Vaccination in Bombay 1889-1901 - 1889-1901
Year: 1889
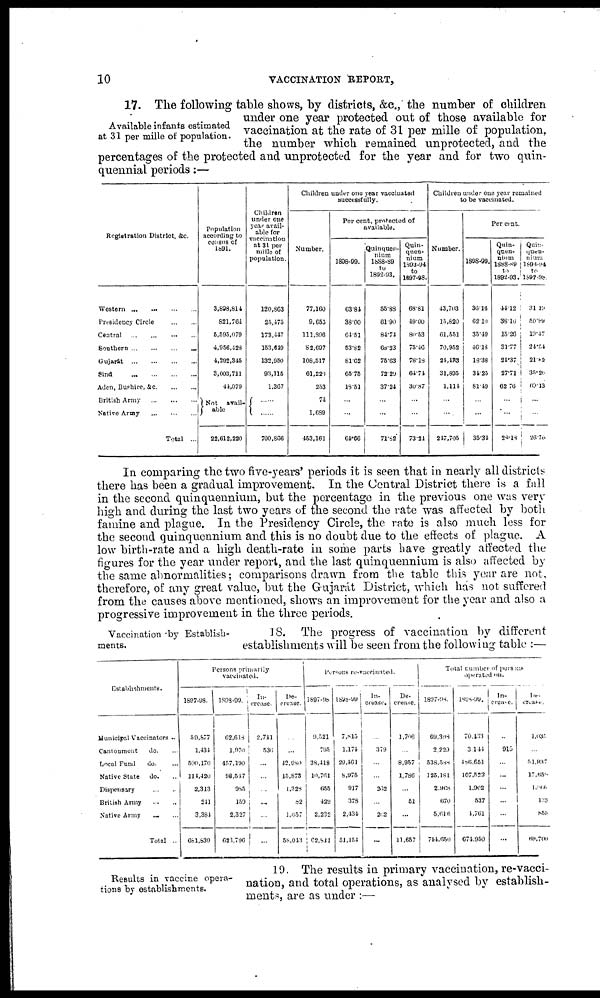
10
VACCINATION REPORT,
Available infants estimated
at 31 per mille of population.
17. The following table shows, by districts, &c., the number of children
under one year protected out of those available for
vaccination at the rate of 31 per mille of population,
the number which remained unprotected, and the
percentages of the protected and unprotected for the year and for two quin-
quennial periods:—
Registration District, &c.
Western
...
...
...
...
Presidency Circle
...
...
Central
...
...
...
...
Southern
...
...
...
...
Gujarát
...
...
...
...
Sind
...
...
...
...
Aden, Bushire,
&c.
...
...
British Army
...
...
Native Army
...
...
Total ...
Population
according to
census of
1891.
3,693,814
821,764
5,595,079
4,956,428
4,292,345
3,003,711
44,079
Not
avail¬
able
22,612,220
Children
under one
year avail-
able for
vaccination
at 31 per
milie of
population.
120,863
25,475
173,447
153,649
132,950
93,115
1,367
......
700,866
Children under one year vaccinated
successfully.
Number.
77,160
9,655
111,896
82,697
108,517
61,229
253
74
1,689
453,161
Per cent. protected of
available.
1808-99.
63.81
38.00
64.51
53.82
81.62
65.75
18.51
...
...
64.66
Quinquen-
nium
1888-89
to
1892-93.
55.88
61.90
84.74
68.23
75.63
72.29
37.24
...
...
71.82
Quin-
quen-
nium
1893-94
to
1897-98.
68.81
49.00
80.53
75.46
78.18
64.71
30.87
...
...
73.24
Children under one year remained
to be vaccinated.
Number.
43,703
15,820
61,551
70,952
24,433
31,895
1,114
...
...
247,705
Per cent.
1898-99.
36.16
62.10
35.49
46.18
18.38
34.25
81.19
...
...
35.34
Quin-
quen-
nium
1888-89
to
1892-93.
44.12
38.10
15.26
31.77
21.37
27.71
62.70
...
...
28.18
Quin¬
quen¬
nium
1893-94
to
1897-98.
31.19
50.99
19.47
24.54
21.82
35.26
69.13
...
...
26.76
In comparing the two five-years' periods it is seen that in nearly all districts
there has been a gradual improvement. In the Central District there is a fall
in the second quinquennium, but the percentage in the previous one was very
high and during the last two years of the second the rate was affected by both
famine and plague. In the Presidency Circle, the rate is also much less for
the second quinquennium and this is no doubt due to the effects of plague. A
low birth-rate and a high death-rate in some parts have greatly affected the
figures for the year under report, and the last quinquennium is also affected by
the same abnormalities; comparisons drawn from the table this year are not,
therefore, of any great value, but the Gujarát District, which has not suffered
from the causes above mentioned, shows an improvement for the year and also a
progressive improvement in the three periods.
Vaccination by Establish-
ments.
18. The progress of vaccination by different
establishments will be seen from the following table :—
Establishments.
Municipal Vaccinators ...
Cantonment
do. ...
Local Fund
do. ...
Native State
do. ...
Dispensary
...
...
British Army... ...
Native Army ... ...
Total ..
Persons primarily
vaccinated.
1897-98.
59,877
1,434
500,170
111,420
2,313
241
3,384
681,839
1898-99.
62,618
1,970
457,190
98,547
985
159
2,327
623,796
In¬
crease.
2,711
530
...
...
...
...
...
...
De-
crease.
...
42,980
15,873
1,328
82
1,057
58,043
Persons re-vaccinated.
1897-98
9,521
765
39,418
10,761
655
429
2,232
62,811
1898-99
7,815
1,174
29,461
8,975
917
379
2,434
51,154
In-
crease.
...
379
...
...
262
...
262
...
De¬
crease.
l,706
...
8,957
1,786
...
51
...
11,657
Total number of persons
operated on.
1897-98.
69,398
2,229
538,588
125,181
2,968
670
5,616
744,650
1889-99.
70,433
3,144
486,651
107,522
1,902
537
4,761
674,950
In-
crease.
...
915
...
...
...
...
...
...
De¬
crease.
1,035
...
51,837
17,659
1,066
133
855
69,700
Results in vaccine opera-
tions by establishments.
19. The results in primary vaccination, re-vacci-
nation, and total operations, as analysed by establish-
ments, are as under :—